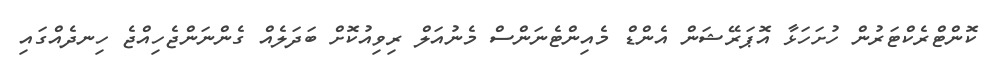
ކޮންޓްރެކްޓަރުން ހުށަހަޅާ އޮޕަރޭޝަން އެންޑް މެއިންޓެނަންސް މެނުއަލް ރިވިއުކޮށް ބަދަލެއް ގެންނަންޖެހިއްޖެ ހިނދެއްގައި